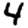
Digit: 4